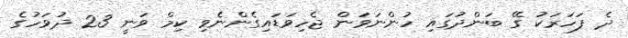
ދެ ފަހަރަކު ގޭ ބަންދުގައި ހުންނަވަން ޖެހިވަޑައިގެންނެވި ކިމް ވަނީ 23 ދުވަހުގެ